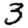
Digit: 3